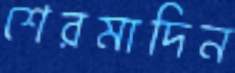
শেরমাদিন